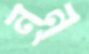
নন্